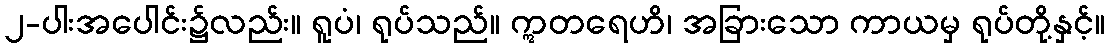
၂-ပါးအပေါင်း၌လည်း။ ရူပံ၊ ရုပ်သည်။ ဣတရေဟိ၊ အခြားသော ကာယမှ ရုပ်တို့နှင့်။